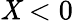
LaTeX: \mathit{X}<0